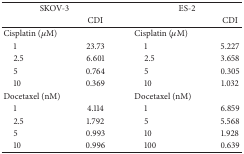
<table><thead><tr><td colspan="2"><b>SKOV-3</b></td><td colspan="2"><b>ES-2</b></td></tr><tr><td><b> </b></td><td><b>CDI</b></td><td><b> </b></td><td><b>CDI</b></td></tr></thead><tbody><tr><td> Cisplatin (<i>μ</i>M)</td><td> </td><td> Cisplatin (<i>μ</i>M)</td><td> </td></tr><tr><td> 1</td><td>23.73</td><td> 1</td><td>5.227</td></tr><tr><td> 2.5</td><td>6.601</td><td> 2.5</td><td>3.658</td></tr><tr><td> 5</td><td>0.764</td><td> 5</td><td>0.305</td></tr><tr><td> 10</td><td>0.369</td><td> 10</td><td>1.032</td></tr><tr><td>Docetaxel (nM)</td><td> </td><td>Docetaxel (nM)</td><td> </td></tr><tr><td> 1</td><td>4.114</td><td> 1</td><td>6.859</td></tr><tr><td> 2.5</td><td>1.792</td><td> 5</td><td>5.568</td></tr><tr><td> 5</td><td>0.993</td><td> 10</td><td>1.928</td></tr><tr><td> 10</td><td>0.996</td><td> 100</td><td>0.639</td></tr></tbody></table>